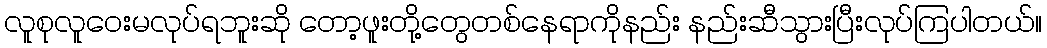
လူစုလူဝေးမလုပ်ရဘူးဆို တော့ဖူးတို့တွေတစ်နေရာကိုနည်း နည်းဆီသွားပြီးလုပ်ကြပါတယ်။